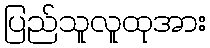
ပြည်သူလူထုအား